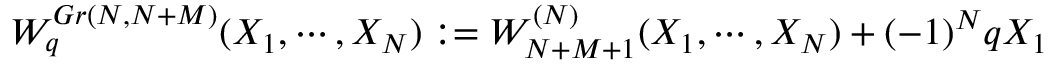
W _ { q } ^ { G r ( N , N + M ) } ( X _ { 1 } , \cdots , X _ { N } ) : = W _ { N + M + 1 } ^ { ( N ) } ( X _ { 1 } , \cdots , X _ { N } ) + ( - 1 ) ^ { N } q X _ { 1 }